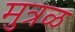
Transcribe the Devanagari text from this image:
मुत्रळ